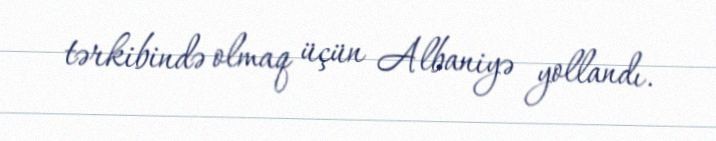
tərkibində olmaq üçün Albaniyə yollandı.